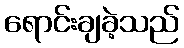
ရောင်းချခဲ့သည်